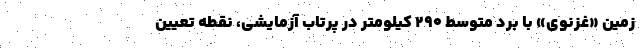
زمین «غزنوی» با بُرد متوسط ۲۹۰ کیلومتر در پرتاب آزمایشی، نقطه تعیین